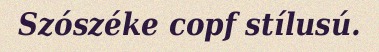
Szószéke copf stílusú.